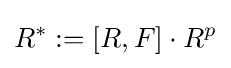
R^{\ast }:=\lbrack R,F\rbrack \cdot R^{p}